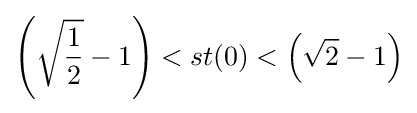
\left({\sqrt {\frac {1}{2}}}-1\right)<st(0)<\left({\sqrt {2}}-1\right)